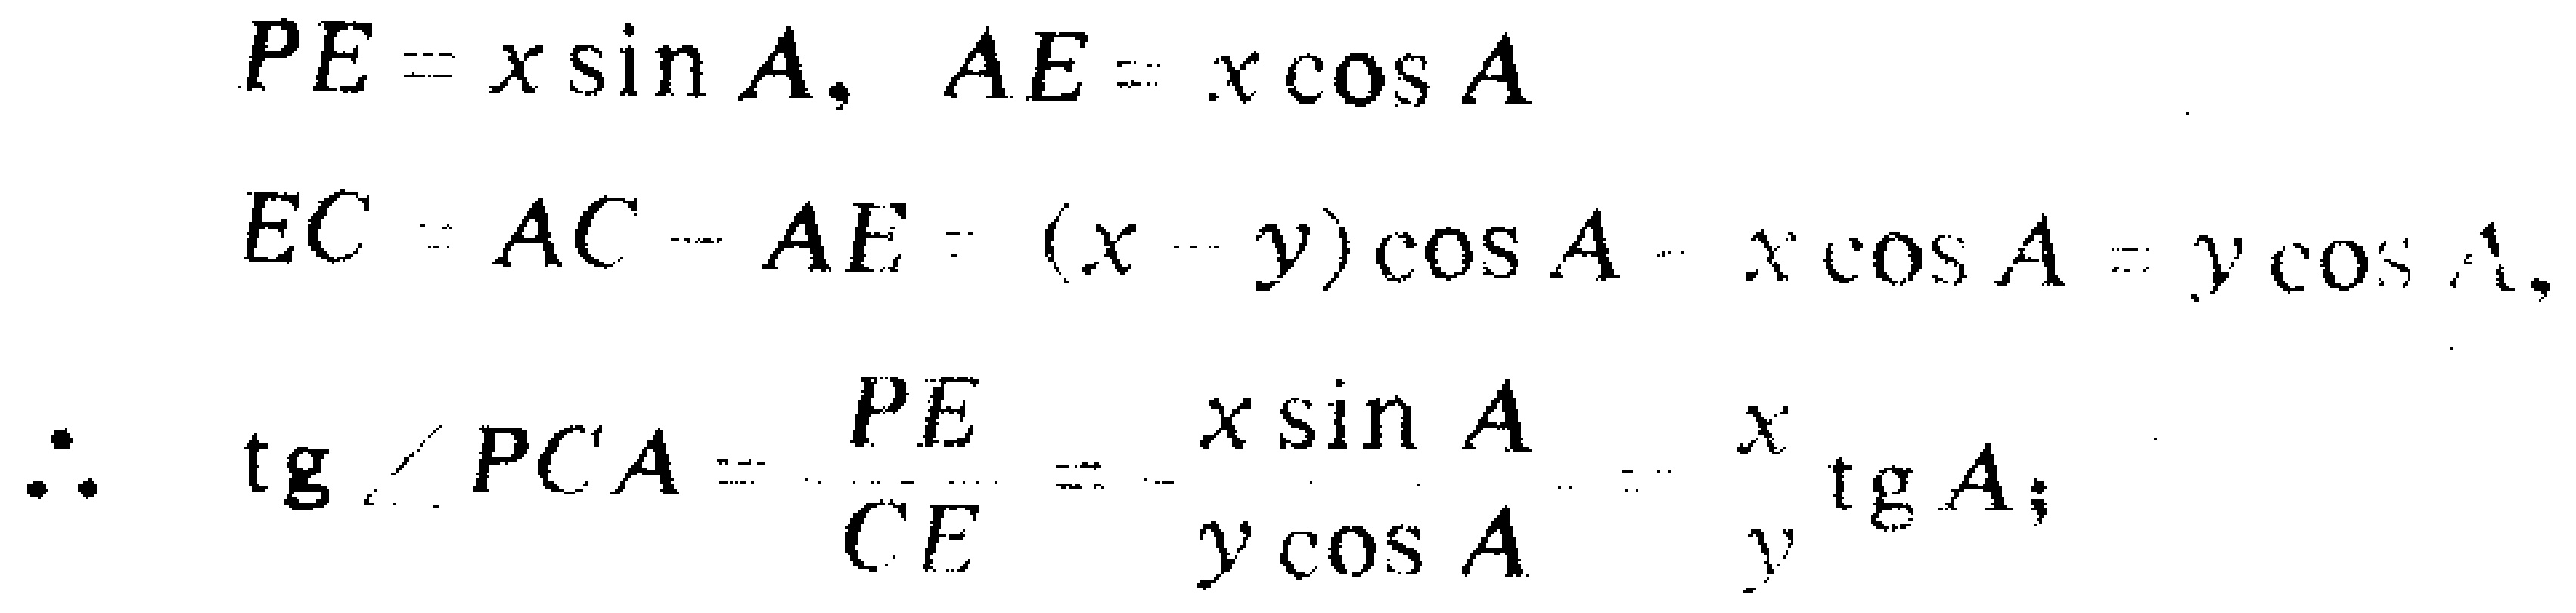
\[
\begin{align*}
PE&=x\sin A, \ AE = x\cos A\\
EC&=AC - AE=(x - y)\cos A- x\cos A=y\cos A,\\
\therefore\ \ \ \ \tan\angle PCA&=\frac{PE}{CE}=\frac{x\sin A}{y\cos A}=\frac{x}{y}\tan A;
\end{align*}
\]